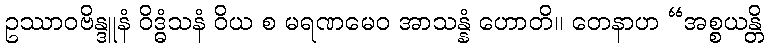
ဥဿာဝဗိန္ဒူနံ ဝိဒ္ဓံသနံ ဝိယ စ မရဏမေဝ အာသန္နံ ဟောတိ။ တေနာဟ “အစ္စယန္တိ